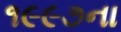
૧૯૯૭ના